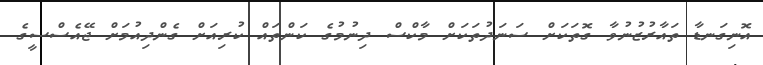
އޮނިގަނޑާ ތައާރުޒުނުވާ ގޮތަކަށް ސަނަދުތަކަށް މާކްސް ދިނުމުގެ ކަންތައް ކުރިއަށް ގެންދިއުމަށް ޖޭއެސްސީގެ